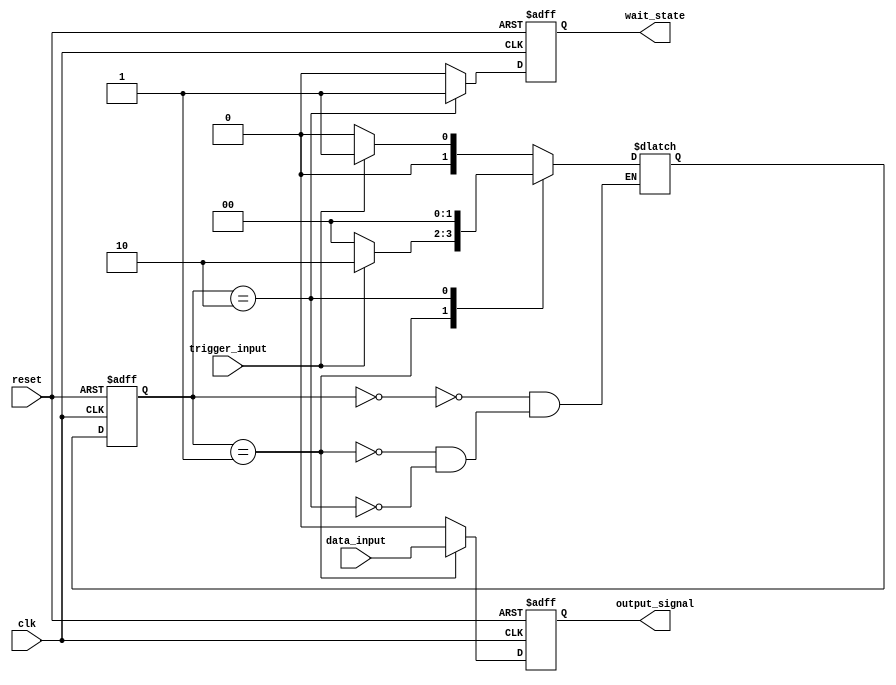
module Mealy_State_Machine (
    input clk,
    input reset,
    input trigger_input,
    input data_input,
    output reg output_signal,
    output reg wait_state
);

// State variables
parameter STATE_A = 2'b00;
parameter STATE_B = 2'b01;
parameter STATE_C = 2'b10;

reg [1:0] state_reg, next_state;

// State transitions and outputs
always @(posedge clk or posedge reset) begin
    if (reset) begin
        state_reg <= STATE_A;
        output_signal <= 0;
        wait_state <= 0;
    end else begin
        state_reg <= next_state;
        output_signal <= (state_reg == STATE_B) ? data_input : 0;
        wait_state <= (state_reg == STATE_C) ? 1 : 0;
    end
end

// State machine logic
always @(*) begin
    case (state_reg)
        STATE_A: begin
            if (trigger_input) begin
                next_state = STATE_B;
            end else begin
                next_state = STATE_A;
            end
        end
        
        STATE_B: begin
            if (!trigger_input) begin
                next_state = STATE_A;
            end else begin
                next_state = STATE_C;
            end
        end
        
        STATE_C: begin
            next_state = STATE_A; // Wait state
        end
    endcase
end

endmodule